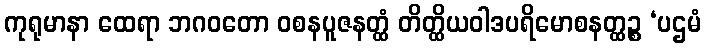
ကုရုမာနာ ထေရာ ဘဂဝတော ဝစနပူဇနတ္ထံ တိတ္ထိယဝါဒပရိမောစနတ္ထဉ္စ ‘ပဌမံ